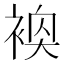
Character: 𬡢